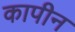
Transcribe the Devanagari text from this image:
कापीन